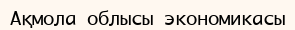
Ақмола облысы экономикасы